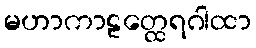
မဟာကာဠတ္ထေရဂါထာ